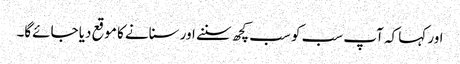
اور کہا کہ آپ سب کو سب کچھ سننے اور سنانے کا موقع دیا جائےگا۔